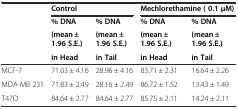
|  | <COLSPAN=2> Control | <COLSPAN=2> Mechlorethamine ( 0.1 μM) |
 | <ROWSPAN=2>  | % DNA | % DNA | % DNA | % DNA |
 | (mean ± 1.96 S.E.) | (mean ± 1.96 S.E.) | (mean ± 1.96 S.E.) | (mean ± 1.96 S.E.) |
 |  | in Head | in Tail | in Head | in Tail |
 | --- | --- | --- | --- | --- |
 | MCF-7 | 71.03 ± 4.16 | 28.96 ± 4.16 | 83.71 ± 2.31 | 16.64 ± 2.26 |
 | MDA-MB 231 | 71.83 ± 2.49 | 28.16 ± 2.49 | 86.72 ± 1.52 | 13.43 ± 1.49 |
 | T47D | 84.64 ± 2.77 | 84.64 ± 2.77 | 85.75 ± 2.11 | 14.24 ± 2.11 |